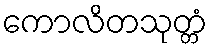
ကောလိတသုတ္တံ